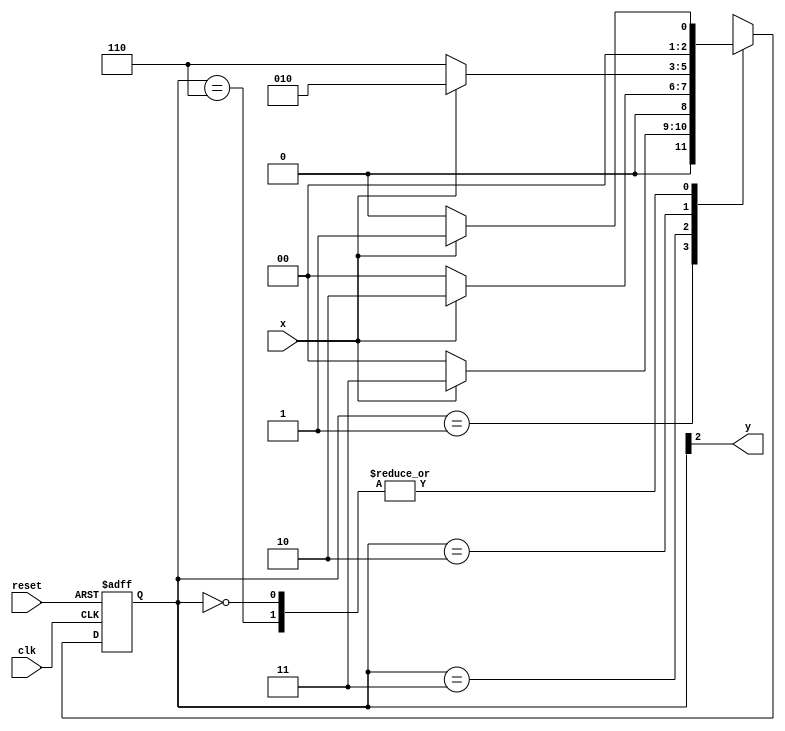
// ------------------------- 
// Moore 1110
// Nome: Oswaldo Oliveira Paulino 
// ------------------------- 

// -------------- 
// --- Moore FSM 
// -------------- 
/* 
Moore FSM Diagram 
____________________ 
/ \ 
1 1 v 0 1 1 | // found 
[start] ---> [id1] ---> [id11] ---> [id111] ---> [id1110] 
^ \0 0 | 1/ ^ 0 | 0 | 
\_/ / \__/ | | 
\_______/ / | 
\ / / 
\______________________/ / 
\ / 
\__________________________/ 
*/ 
// constant definition 
`define found 1 
`define notfound 0 
// FSM by Moore 
module moore1110 ( y, x, clk, reset ); 
output y; 
input x; 
input clk; 
input reset; 
reg y; 
parameter // state identifiers 
start = 3'b000, 
id1 = 3'b001, 
id11 = 3'b011, 
id111 = 3'b010, 
id1110 = 3'b110; // signal found 
reg [2:0] E1; // current state variables 
reg [2:0] E2; // next state logic output 
// next state logic 
always @( x or E1 ) 
begin 
case( E1 ) 
start: 
if ( x ) 
E2 = id1; 
else 
E2 = start; 
id1: 
if ( x ) 
E2 = id11; 
else 
E2 = start; 
id11: 
if ( x ) 
E2 = id111; 
else 
E2 = start;  
id111: 
if ( x ) 
E2 = id111; 
else 
E2 = id1110; 
id1110: 
if ( x ) 
E2 = id1; 
else 
E2 = start; 
default: // undefined statee 
E2 = 3'bxxx; 
endcase 
end // always at signal or state changing 
// state variables 
always @( posedge clk or negedge reset ) 
begin 
if ( reset ) 
E1 = E2; // updates current state 
else 
E1 = 0; // reset 
end // always at signal changing 
// output logic 
always @( E1 ) 
begin 
y = E1[2]; // first bit of state value 
end // always at state changing 
endmodule // moore1110